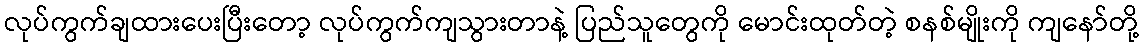
လုပ်ကွက်ချထားပေးပြီးတော့ လုပ်ကွက်ကျသွားတာနဲ့ ပြည်သူတွေကို မောင်းထုတ်တဲ့ စနစ်မျိုးကို ကျနော်တို့